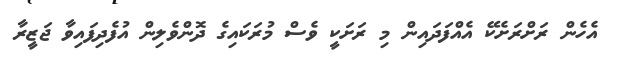
އެހެން ރަށްރަށެކޭ އެއްފަދައިން މި ރަށަކީ ވެސް މުރަކައިގެ ދޮންވެލިން އުފެދިފައިވާ ޖަޒީރާ